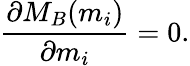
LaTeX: \frac{\partial M_{B}(m_{i})}{\partial m_{i}}=0.